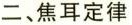
二、焦耳定律